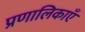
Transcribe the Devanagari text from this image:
प्रणालिकाएँ